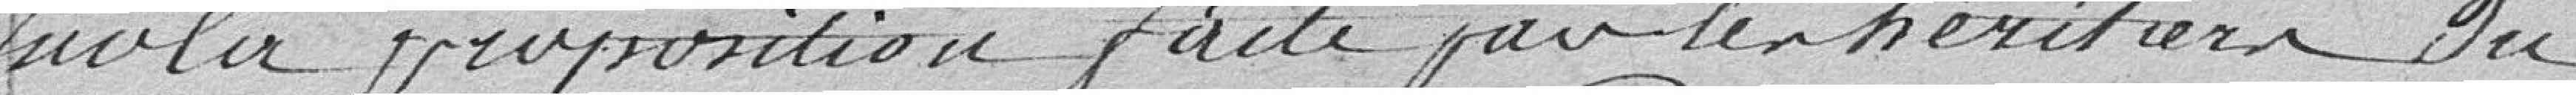
sur la proposition faite par les héritiers du